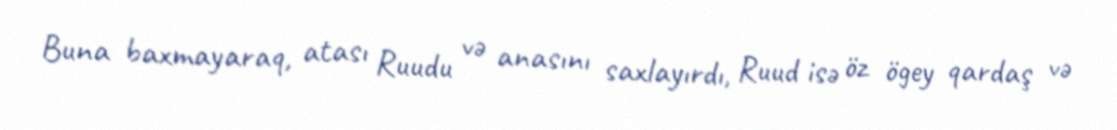
Buna baxmayaraq, atası Ruudu və anasını saxlayırdı, Ruud isə öz ögey qardaş və